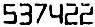
537422